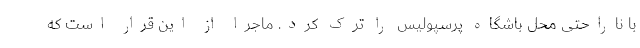
با ناراحتی محل باشگاه پرسپولیس را ترک کرد. ماجرا از این قرار است که